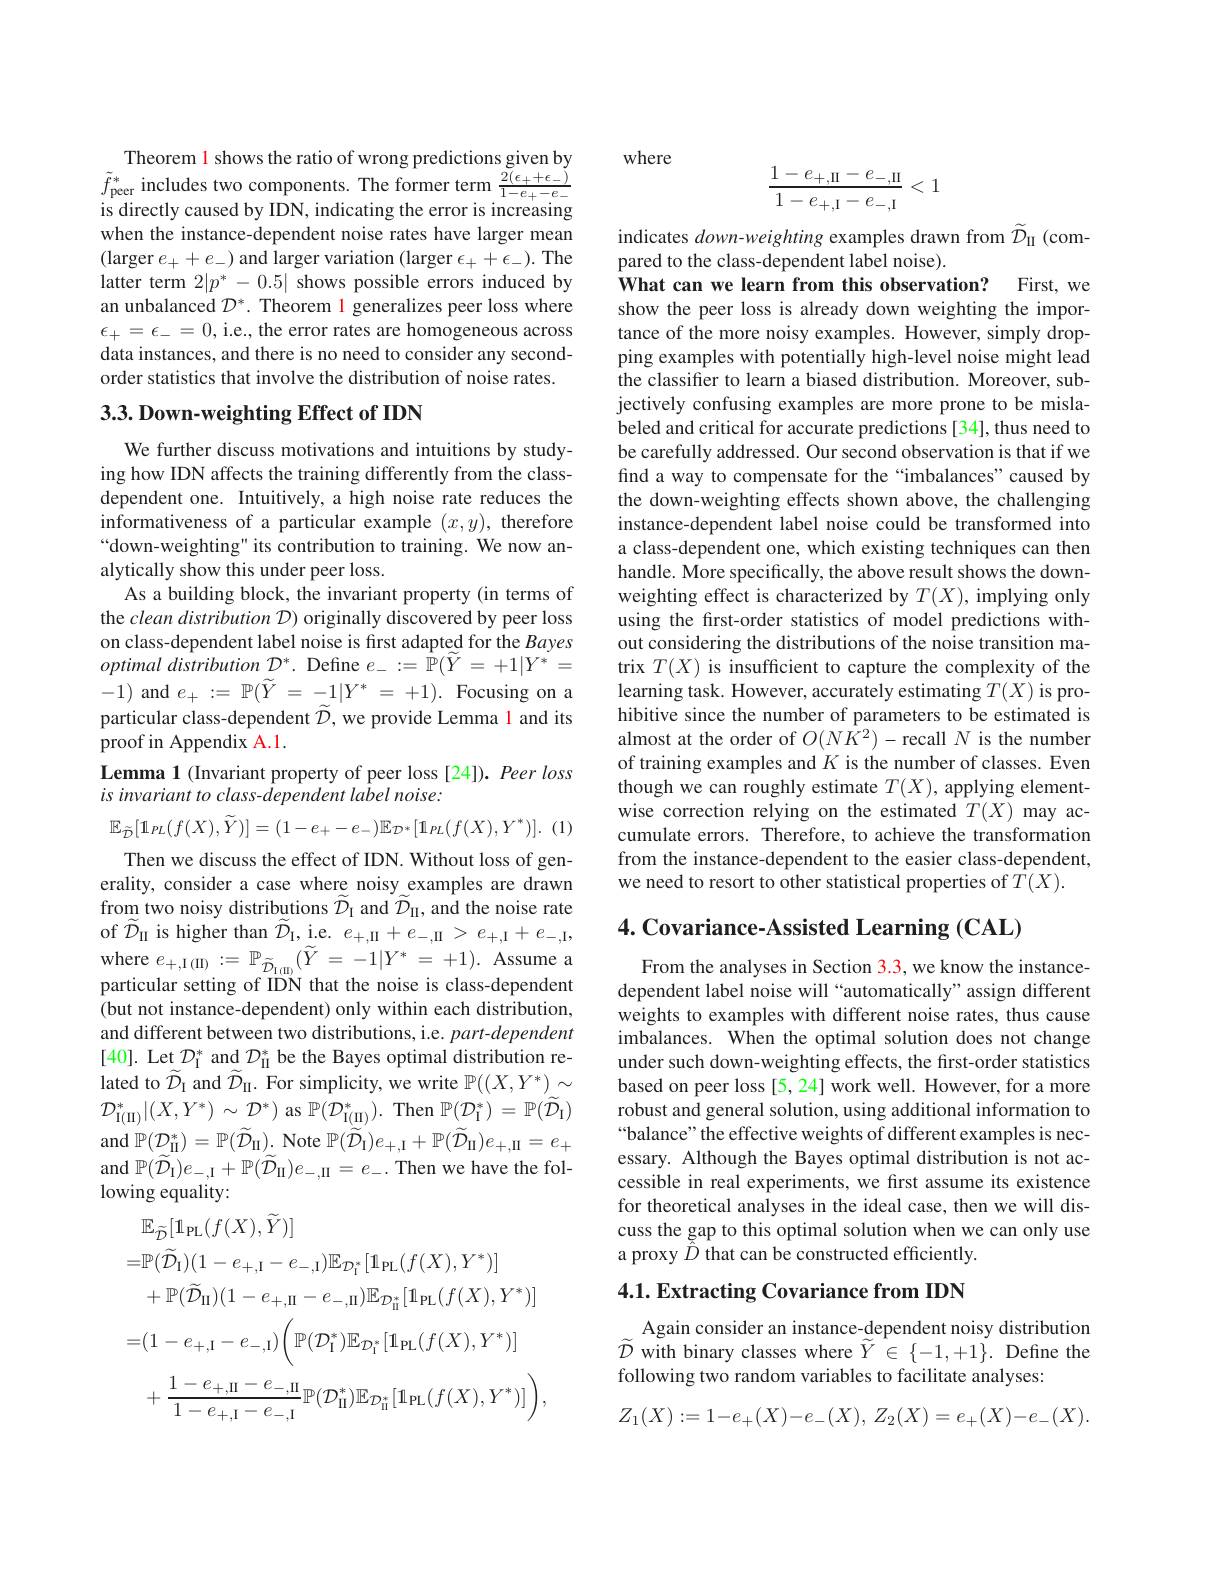
Theorem l shows the ratio of wrong predictions given by $\tilde{f}_{\mathrm{peer}}^{*}$ includes two components. The former term $\frac{2(\epsilon_++\epsilon_-)}{1-e_+-e_-}$ is directly caused by IDN, indicating the error is increasing when the instance-dependent noise rates have larger mean (larger $e_++e_-)$ and larger variation (larger $\epsilon_++\epsilon_-).$ The latter term $2|p^*-0.5|$ shows possible errors induced by an unbalanced $\mathcal{D}^*.$ Theorem 1 generalizes peer loss where $\epsilon_+=\epsilon_-=0$,i.e., the error rates are homogeneous across data instances, and there is no need to consider any secondorder statistics that involve the distribution of noise rates.

## $3. 3. \textbf{Down- weighting Effect of IDN}$

We further discuss motivations and intuitions by studying how IDN affects the training differently from the classdependent one. Intuitively, a high noise rate reduces the informativeness of a particular example $(x,y)$, therefore “down-weighting" its contribution to training. We now analytically show this under peer loss.
As a building block, the invariant property (in terms of the clean distribution D) originally discovered by peer loss on class-dependent label noise is first adapted for the Bayes optimal distribution $\mathcal{D}^*.$ Define $e_-:=\mathbb{P}(\dot{Y}=+1|Y^*=$ -1) and $e_+:=\mathbb{P}(\widetilde{Y}=-1|Y^*=+1).$ Focusing on a particular class-dependent $\widetilde{\mathcal{D}}$, we provide Lemma 1 and its ${\mathrm{proof~in~Appendix~A.1.}}$
Lemma 1 (Invariant property of peer loss [24]). Peer loss

is invariant to class-dependent label noise:
$$\mathbb{E}_{\widetilde{\mathcal{D}}}[\mathbb{1}_{PL}(f(X),\widetilde{Y})]=(1-e_{+}-e_{-})\mathbb{E}_{\mathcal{D}^{*}}[\mathbb{1}_{PL}(f(X),Y^{*})].$$
(1)
Then we discuss the effect of IDN. Without loss of generality, consider a case where noisy examples are drawn from two noisy distributions $\widetilde{\mathcal{D}}_{\mathrm{I}}$ and $\widetilde{\mathcal{D}}_{\mathrm{II}}$, and the noise rate of $\tilde{\mathcal{D}}_{\mathrm{II}}$ is higher than $\widetilde{\mathcal{D}}_{\mathrm{I}}$, i.e. $e_{+,\mathrm{II}}+e_{-,\mathrm{II}}>e_{+,\mathrm{I}}+e_{-,\mathrm{I}}$, where $e_{+ , \mathrm{I} ( \mathrm{II}) }: = \mathbb{P} _{\tilde{\mathcal{D} } _{\mathrm{I} ( \mathrm{II}) }}( \widetilde{Y} = - 1| Y^{* }= + 1) .$ Assume a particular setting of IDN that the noise is class-dependent (but not instance-dependent) only within each distribution, and different between two distributions, i.e. part-dependent [40]. Let $\mathcal{D}_{\mathrm{I}}^*$ and $\mathcal{D}_{\mathrm{II}}^*$ be the Bayes optimal distribution related to $\widetilde{\mathcal{D}}_{\mathrm{I}}$ and $\widetilde{\mathcal{D}}_{\mathrm{II}}.$ For simplicity, we write $\mathbb{P}((X,Y^*)\sim$ $\mathcal{D}_{\mathrm{I(II)}}^{*}|(X,Y^{*})~\sim~\mathcal{D}^{*})~$as $\mathbb{P} ( \mathcal{D} _{\mathrm{I( II) }}^{* }) . $Then $\mathbb{P} ( \mathcal{D} _{\mathrm{I} }^{* }) = \mathbb{P} ( \widetilde{\mathcal{D} } _{\mathrm{I} })$ and $\mathbb{P} ( \mathcal{D} _{\mathrm{II}}^{* }) = \mathbb{P} ( \widetilde{\mathcal{D} } _{\mathrm{II}}) .$ Note $\mathbb{P} ( \widetilde{\mathcal{D} } _{\mathrm{I} }) e_{+ , \mathrm{I} }+ \mathbb{P} ( \widetilde{\mathcal{D} } _{\mathrm{II}}) e_{+ , \mathrm{II}}= e_{+ }$ and $\mathbb{P} ( \tilde{\mathcal{D} } _{\mathrm{I} }) e_{- , \mathrm{I} }+ \mathbb{P} ( \tilde{\mathcal{D} } _{\mathrm{II}}) e_{- , \mathrm{II}}= e_{- }.$ Then we have the following equality:
$$\begin{aligned}&\mathbb{E}_{\tilde{\mathcal{D}}}[\mathbf{1}_{\mathrm{PL}}(f(X),\tilde{Y})]\\&=\mathbb{P}(\widetilde{\mathcal{D}}_{\mathrm{I}})(1-e_{+,\mathrm{I}}-e_{-,\mathrm{I}})\mathbb{E}_{\mathcal{D}_{\mathrm{I}}^{*}}[\mathbf{1}_{\mathrm{PL}}(f(X),Y^{*})]\\&+\mathbb{P}(\widetilde{\mathcal{D}}_{\mathrm{II}})(1-e_{+,\mathrm{II}}-e_{-,\mathrm{II}})\mathbb{E}_{\mathcal{D}_{\mathrm{II}}^{*}}[\mathbf{1}_{\mathrm{PL}}(f(X),Y^{*})]\\&=(1-e_{+,\mathrm{I}}-e_{-,\mathrm{I}})\Bigg(\mathbb{P}(\mathcal{D}_{\mathrm{I}}^{*})\mathbb{E}_{\mathcal{D}_{\mathrm{I}}^{*}}[\mathbb{1}_{\mathrm{PL}}(f(X),Y^{*})]\\&+\frac{1-e_{+,\mathrm{II}}-e_{-,\mathrm{II}}}{1-e_{+,\mathrm{I}}-e_{-,\mathrm{I}}}\mathbb{P}(\mathcal{D}_{\mathrm{II}}^{*})\mathbb{E}_{\mathcal{D}_{\mathrm{II}}^{*}}[\mathbb{1}_{\mathrm{PL}}(f(X),Y^{*})]\Bigg),\end{aligned}$$
where
$$\frac{1-e_{+,\mathrm{II}}-e_{-,\mathrm{II}}}{1-e_{+,\mathrm{I}}-e_{-,\mathrm{I}}}<1$$
indicates down-weighting examples drawn from $\widetilde{\mathcal{D}}_{\mathrm{II}}$ (com-
pared to the class-dependent label noise).
What can we learn from this observation? First, we show the peer loss is already down weighting the importance of the more noisy examples. However, simply dropping examples with potentially high-level noise might lead the classifier to learn a biased distribution. Moreover, subjectively confusing examples are more prone to be mislabeled and critical for accurate predictions [34], thus need to be carefully addressed. Our second observation is that if we find a way to compensate for the “imbalances”caused by the down-weighting effects shown above, the challenging instance-dependent label noise could be transformed into a class-dependent one, which existing techniques can then handle. More specifically, the above result shows the downweighting effect is characterized by $T(X)$, implying only using the frst-order statistics of model predictions without considering the distributions of the noise transition matrix $T(X)$ is insufficient to capture the complexity of the learning task. However, accurately estimating $T(X)$ is prohibitive since the number of parameters to be estimated is almost at the order of $O(NK^2)-$recall $N$ is the number of training examples and $K$ is the number of classes. Even though we can roughly estimate $T(X)$, applying elementwise correction relying on the estimated $T(X)$ may accumulate errors. Therefore, to achieve the transformation from the instance-dependent to the easier class-dependent, we need to resort to other statistical properties of $\bar{T}(X).$

4. Covariance-Assisted Learning (CAL)

From the analyses in Section 3.3, we know the instancedependent label noise will“automatically” assign different weights to examples with different noise rates, thus cause imbalances. When the optimal solution does not change under such down-weighting effects, the first-order statistics based on peer loss [5, 24] work well. However, for a more robust and general solution, using additional information to “balance” the effective weights of different examples is necessary. Although the Bayes optimal distribution is not accessible in real experiments, we fırst assume its existence for theoretical analyses in the ideal case, then we will discuss the gap to this optimal solution when we can only use a proxy $\tilde{\hat{\hat{D}}}$ that can be constructed efficiently.

## 4.1. Extracting Covariance from IDN

Again consider an instance-dependent noisy distribution $\widetilde{\mathcal{D}}$ with binary classes where $\widetilde Y\in\{-1,+1\}.$ Define the following two random variables to facilitate analyses:

$Z_{1}( X) : = 1- e_{+ }( X) - e_{- }( X) $, $Z_{2}( X) = e_{+ }( X) - e_{- }( X) .$